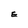
Character: E